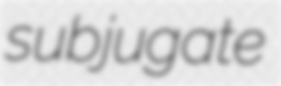
subjugate